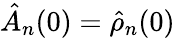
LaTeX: \hat{A}_{n}(0)=\hat{\rho}_{n}(0)